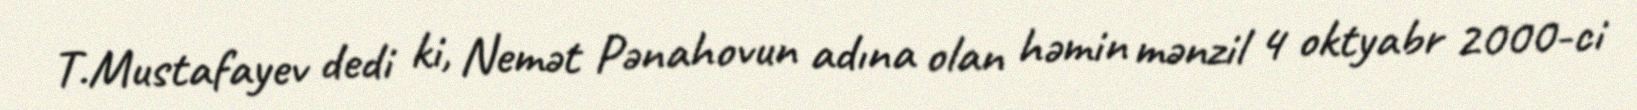
T.Mustafayev dedi ki, Nemət Pənahovun adına olan həmin mənzil 4 oktyabr 2000-ci